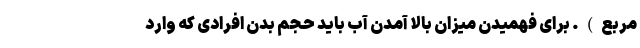
مربع). برای فهمیدن میزان بالا آمدن آب باید حجم بدن افرادی که وارد